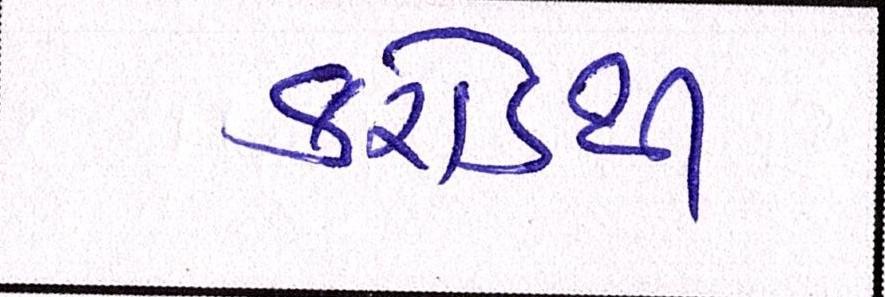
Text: કરોડથી